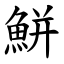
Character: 鮩